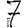
Digit: 7